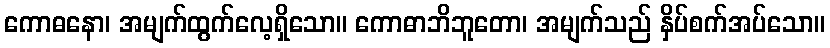
ကောဓနော၊ အမျက်ထွက်လေ့ရှိသော။ ကောဓာဘိဘူတော၊ အမျက်သည် နှိပ်စက်အပ်သော။